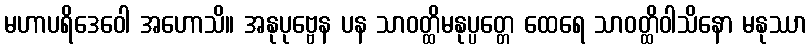
မဟာပရိဒေဝေါ အဟောသိ။ အနုပုဗ္ဗေန ပန သာဝတ္ထိမနုပ္ပတ္တေ ထေရေ သာဝတ္ထိဝါသိနော မနုဿာ